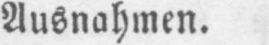
Ausnahmen.